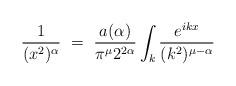
LaTeX: \begin{align*}\frac{1}{(x^2)^\alpha} ~=~ \frac{a(\alpha)}{\pi^\mu 2^{2\alpha}}\int_k \frac{e^{ikx}}{(k^2)^{\mu-\alpha}}\end{align*}